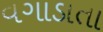
વગાડાતા